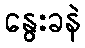
နွေးခနဲ